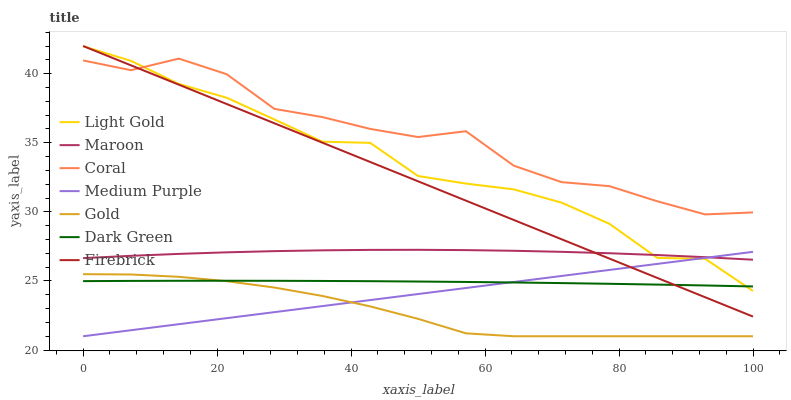
| xaxis_label | Light Gold | Maroon | Coral | Medium Purple | Gold | Dark Green | Firebrick |
 | --- | --- | --- | --- | --- | --- | --- | --- |
 | 0 | 42 | 26.7 | 41 | 21 | 25.5 | 25 | 42 |
 | 7.14 | 40.9 | 26.8 | 40.3 | 21.4 | 25.5 | 25 | 40.6 |
 | 14.3 | 39.3 | 27 | 41.1 | 21.9 | 25.3 | 25 | 39.2 |
 | 21.4 | 38.3 | 27.1 | 40 | 22.3 | 25 | 25 | 37.8 |
 | 28.6 | 36.7 | 27.2 | 37.4 | 22.7 | 24.5 | 25 | 36.4 |
 | 35.7 | 35.1 | 27.2 | 36.9 | 23.2 | 23.9 | 25 | 35 |
 | 42.9 | 35 | 27.2 | 36 | 23.6 | 23.2 | 25 | 33.6 |
 | 50 | 32.6 | 27.3 | 35.4 | 24.1 | 22.3 | 25 | 32.2 |
 | 57.1 | 32 | 27.2 | 35.8 | 24.5 | 21.2 | 24.9 | 30.8 |
 | 64.3 | 31.6 | 27.2 | 33.3 | 24.9 | 21 | 24.9 | 29.4 |
 | 71.4 | 30.7 | 27.1 | 32.2 | 25.4 | 21 | 24.8 | 28 |
 | 78.6 | 29.1 | 27 | 31.9 | 25.8 | 21 | 24.8 | 26.6 |
 | 85.7 | 26.7 | 26.9 | 30.8 | 26.2 | 21 | 24.7 | 25.2 |
 | 92.9 | 26.6 | 26.7 | 29.8 | 26.7 | 21 | 24.7 | 23.8 |
 | 100 | 24.3 | 26.5 | 30 | 27.1 | 21 | 24.6 | 22.4 |